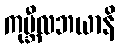
ကုမ္ဘီလဘယာနိ